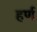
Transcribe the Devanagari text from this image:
हर्ण